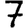
Digit: 7